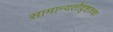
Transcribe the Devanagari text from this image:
सामान्यतोदृष्टाच्चा